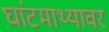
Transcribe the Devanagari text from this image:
घांटमाथ्यावर